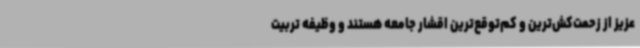
عزیز از زحمت‌کش‌ترین و کم‌توقع‌ترین اقشار جامعه هستند و وظیفه تربیت